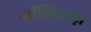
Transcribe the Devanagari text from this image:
ऑस्च्वित्ज़